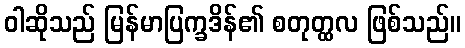
ဝါဆိုသည် မြန်မာပြက္ခဒိန်၏ စတုတ္ထလ ဖြစ်သည်။